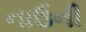
નાઉની